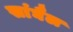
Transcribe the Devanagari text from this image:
सांघैल